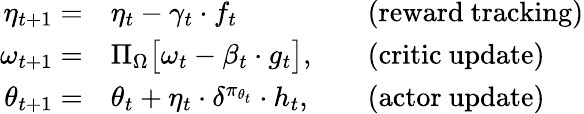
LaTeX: \begin{array}{rlrl}{\eta_{t+1}=}&{\eta_{t}-\gamma_{t}\cdot f_{t}}&&{\mathrm{(reward~tracking)}}\\ {\omega_{t+1}=}&{\Pi_{\Omega}\big[\omega_{t}-\beta_{t}\cdot g_{t}\big],}&&{\mathrm{(critic~update)}}\\ {\theta_{t+1}=}&{\theta_{t}+\eta_{t}\cdot\delta^{\pi_{\theta_{t}}}\cdot h_{t},}&&{\mathrm{(actor~update)}}\end{array}